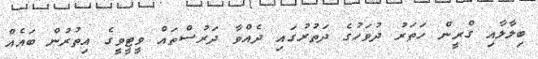
ބިލާލާއި ގްރީން ހަތަރު ދުވަހުގެ ދަތުރުގައި ދެއްވާ ދަރުސްތައް ވީޓީވީގެ އިތުރުން ބައެއް